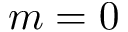
m = 0